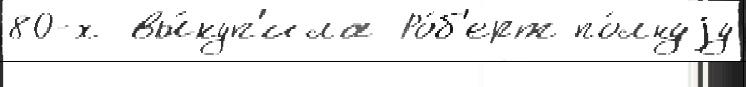
80-х вы́куп'ила Ро́б'ерт по́лнуjу